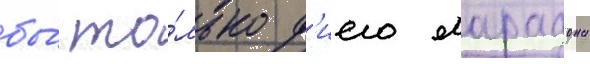
бы́ то́лько д'иего марадона